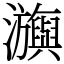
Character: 㶛